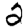
Digit: 2